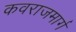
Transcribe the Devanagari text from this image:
कवराजमार्ग